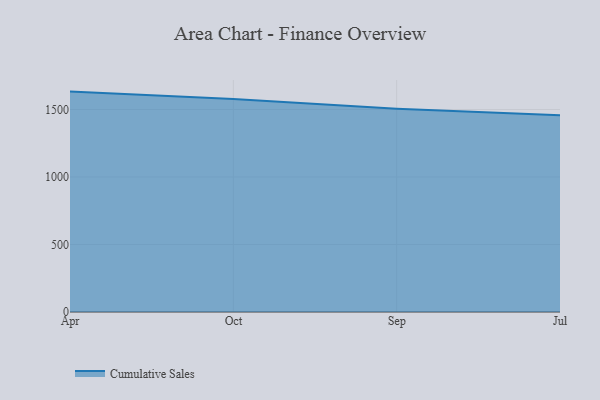
{"axis": {"x": "Month", "y": "Operating Costs (USD K)"}, "legend": ["Cumulative Sales"], "data": [{"x": "Apr", "y": 1632.7, "type": "Cumulative Sales"}, {"x": "Oct", "y": 1577.0, "type": "Cumulative Sales"}, {"x": "Sep", "y": 1506.1, "type": "Cumulative Sales"}, {"x": "Jul", "y": 1456.8, "type": "Cumulative Sales"}]}